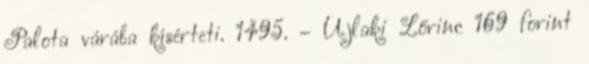
Palota várába kísérteti. 1495. – Újlaki Lőrinc 169 forint